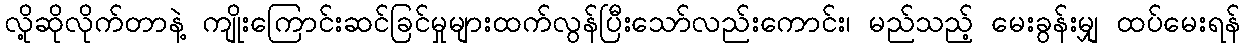
လို့ဆိုလိုက်တာနဲ့ ကျိုးကြောင်းဆင်ခြင်မှုများထက်လွန်ပြီးသော်လည်းကောင်း၊ မည်သည့် မေးခွန်းမျှ ထပ်မေးရန်